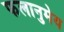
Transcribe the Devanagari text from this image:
फलानुमेय